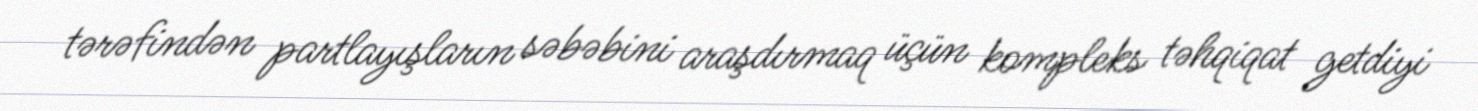
tərəfindən partlayışların səbəbini araşdırmaq üçün kompleks təhqiqat getdiyi